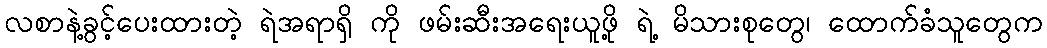
လစာနဲ့ခွင့်ပေးထားတဲ့ ရဲအရာရှိ ကို ဖမ်းဆီးအရေးယူဖို့ ရဲ့ မိသားစုတွေ၊ ထောက်ခံသူတွေက